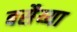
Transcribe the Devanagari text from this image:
बसैय्या